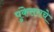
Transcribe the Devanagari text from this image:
पुंकेसराचे